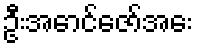
ဦးအောင်ဇော်အေး